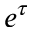
e ^ { \tau }